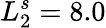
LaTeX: L_{2}^{s}=8.0